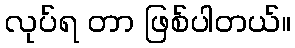
လုပ်ရ တာ ဖြစ်ပါတယ်။